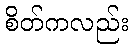
စိတ်ကလည်း